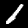
Label: 1